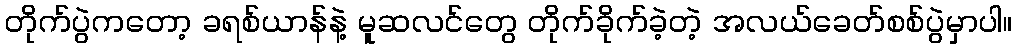
တိုက်ပွဲကတော့ ခရစ်ယာန်နဲ့ မူဆလင်တွေ တိုက်ခိုက်ခဲ့တဲ့ အလယ်ခေတ်စစ်ပွဲမှာပါ။